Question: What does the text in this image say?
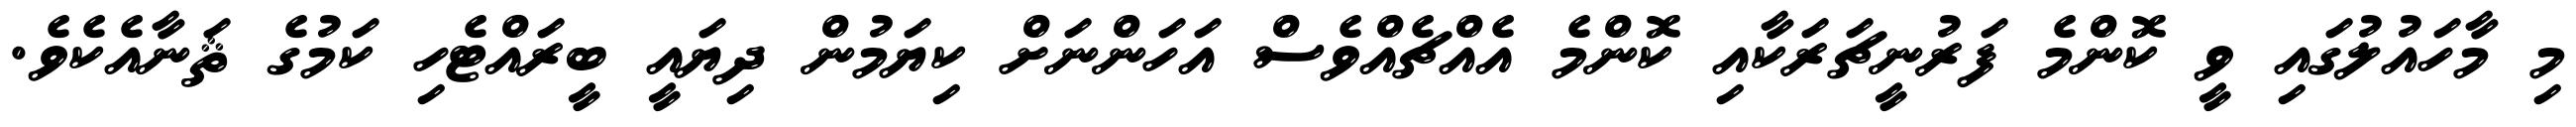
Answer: މި މާހައުލުގައި ވީ ކޮންމެ ފަރުނީޗަރަކާއި ކޮންމެ އެއްޗެއްވެސް އަހަންނަށް ކިޔަމުން ދިޔައީ ބީރައްޓެހި ކަމުގެ ޘަނާއެކެވެ.